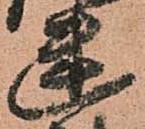
幽